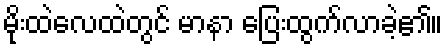
မိုးထဲလေထဲတွင် မာနာ ပြေးထွက်လာခဲ့၏။